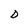
Character: D